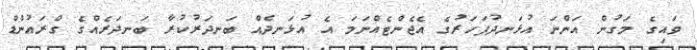
ވައިގެ މަގުން އަންނަ އުޅަނދުފަހަރުގެ އެޖެންޓެއްނަމަ އެ އުޅަނދެއް ބަނދަރުކުރާ ބަނދަރެއްގެ ގްރައުންޑް